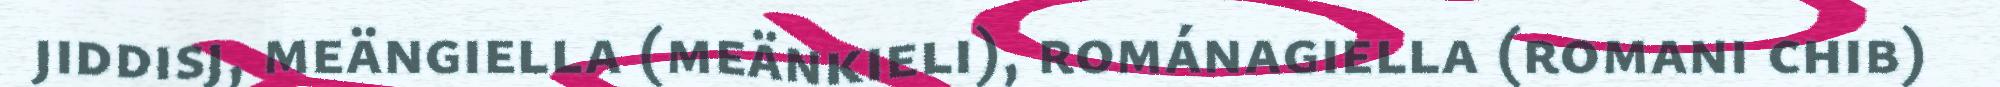
jiddisj, meängiella (meänkieli), románagiella (romani chib)